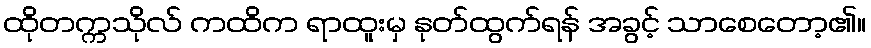
ထိုတက္ကသိုလ် ကထိက ရာထူးမှ နုတ်ထွက်ရန် အခွင့် သာစေတော့၏။